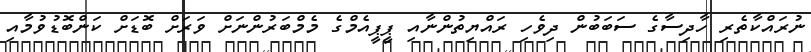
ނުރައްކާތެރި ހާދިސާގެ ސަބަބުން ދިވެހި ރައްޔިތުންނާއި ޕީޕީއެމްގެ މެމްބަރުންނަށް ވަރަށް ބޮޑަށް ކަންބޮޑުވުމާއި